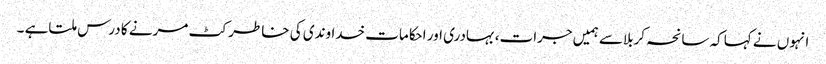
انہوں نے کہاکہ سانحہ کربلاسے ہمیں جرات،بہادری اور احکامات خداوندی کی خاطر کٹ مرنے کا درس ملتاہے ۔